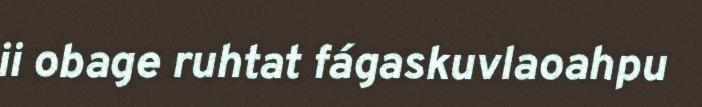
ii obage ruhtat fágaskuvlaoahpu